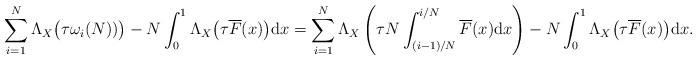
LaTeX: \begin{align*}\sum_{i=1}^N \Lambda_X\big(\tau \omega_i(N))\big) - N\int_0^1 \Lambda_X\big(\tau \overline F(x)\big) {\rm d}x=\sum_{i=1}^N \Lambda_X\left(\tau {N}\int_{(i-1)/N}^{i/N} \overline{F}(x){\rm d}x\right) - N\int_0^1 \Lambda_X\big(\tau \overline F(x)\big) {\rm d}x.\end{align*}